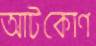
আটকোণ